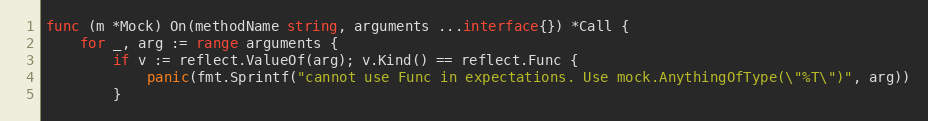
Language: Go
func (m *Mock) On(methodName string, arguments ...interface{}) *Call {
	for _, arg := range arguments {
		if v := reflect.ValueOf(arg); v.Kind() == reflect.Func {
			panic(fmt.Sprintf("cannot use Func in expectations. Use mock.AnythingOfType(\"%T\")", arg))
		}